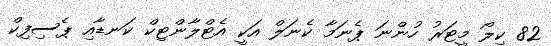
82 ކިލޯ މީޓަރު ހުންނަ ޕެނަމާ ކެނަލް އަކީ އެޓްލާންޓިކް ކަނޑާއި ޕެސިފިކް